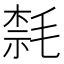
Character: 㲡